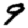
Digit: 9